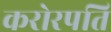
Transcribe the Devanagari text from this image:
करोरपति